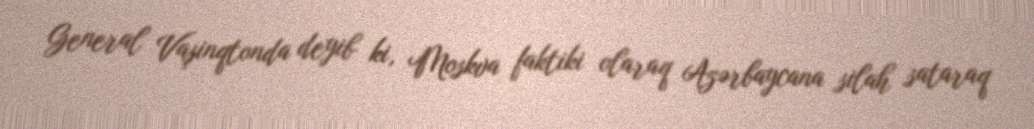
General Vaşinqtonda deyib ki, Moskva faktiki olaraq Azərbaycana silah sataraq